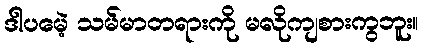
ဒါပမေဲ့ သမ်မာတရားကို မလိုကျစားကွဘူး။